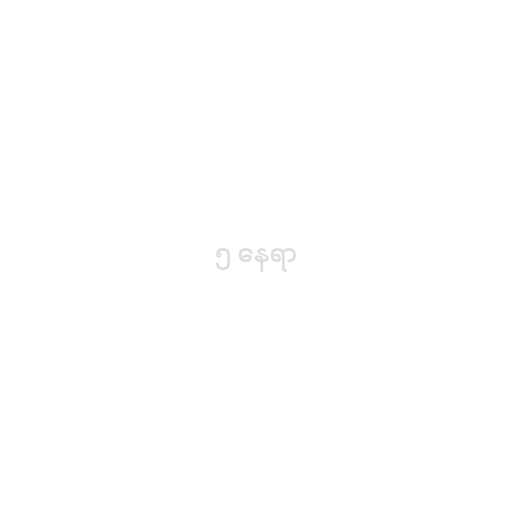
၅ နေရာ